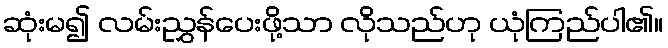
ဆုံးမ၍ လမ်းညွှန်ပေးဖို့သာ လိုသည်ဟု ယုံကြည်ပါ၏။